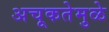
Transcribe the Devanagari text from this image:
अचूकतेमुळे